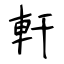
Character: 軒